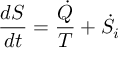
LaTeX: { \frac { d S } { d t } } = { \frac { \dot { Q } } { T } } + { \dot { S } } _ { i }